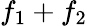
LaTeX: f_{1}+f_{2}